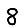
Digit: 8